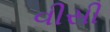
વીસી